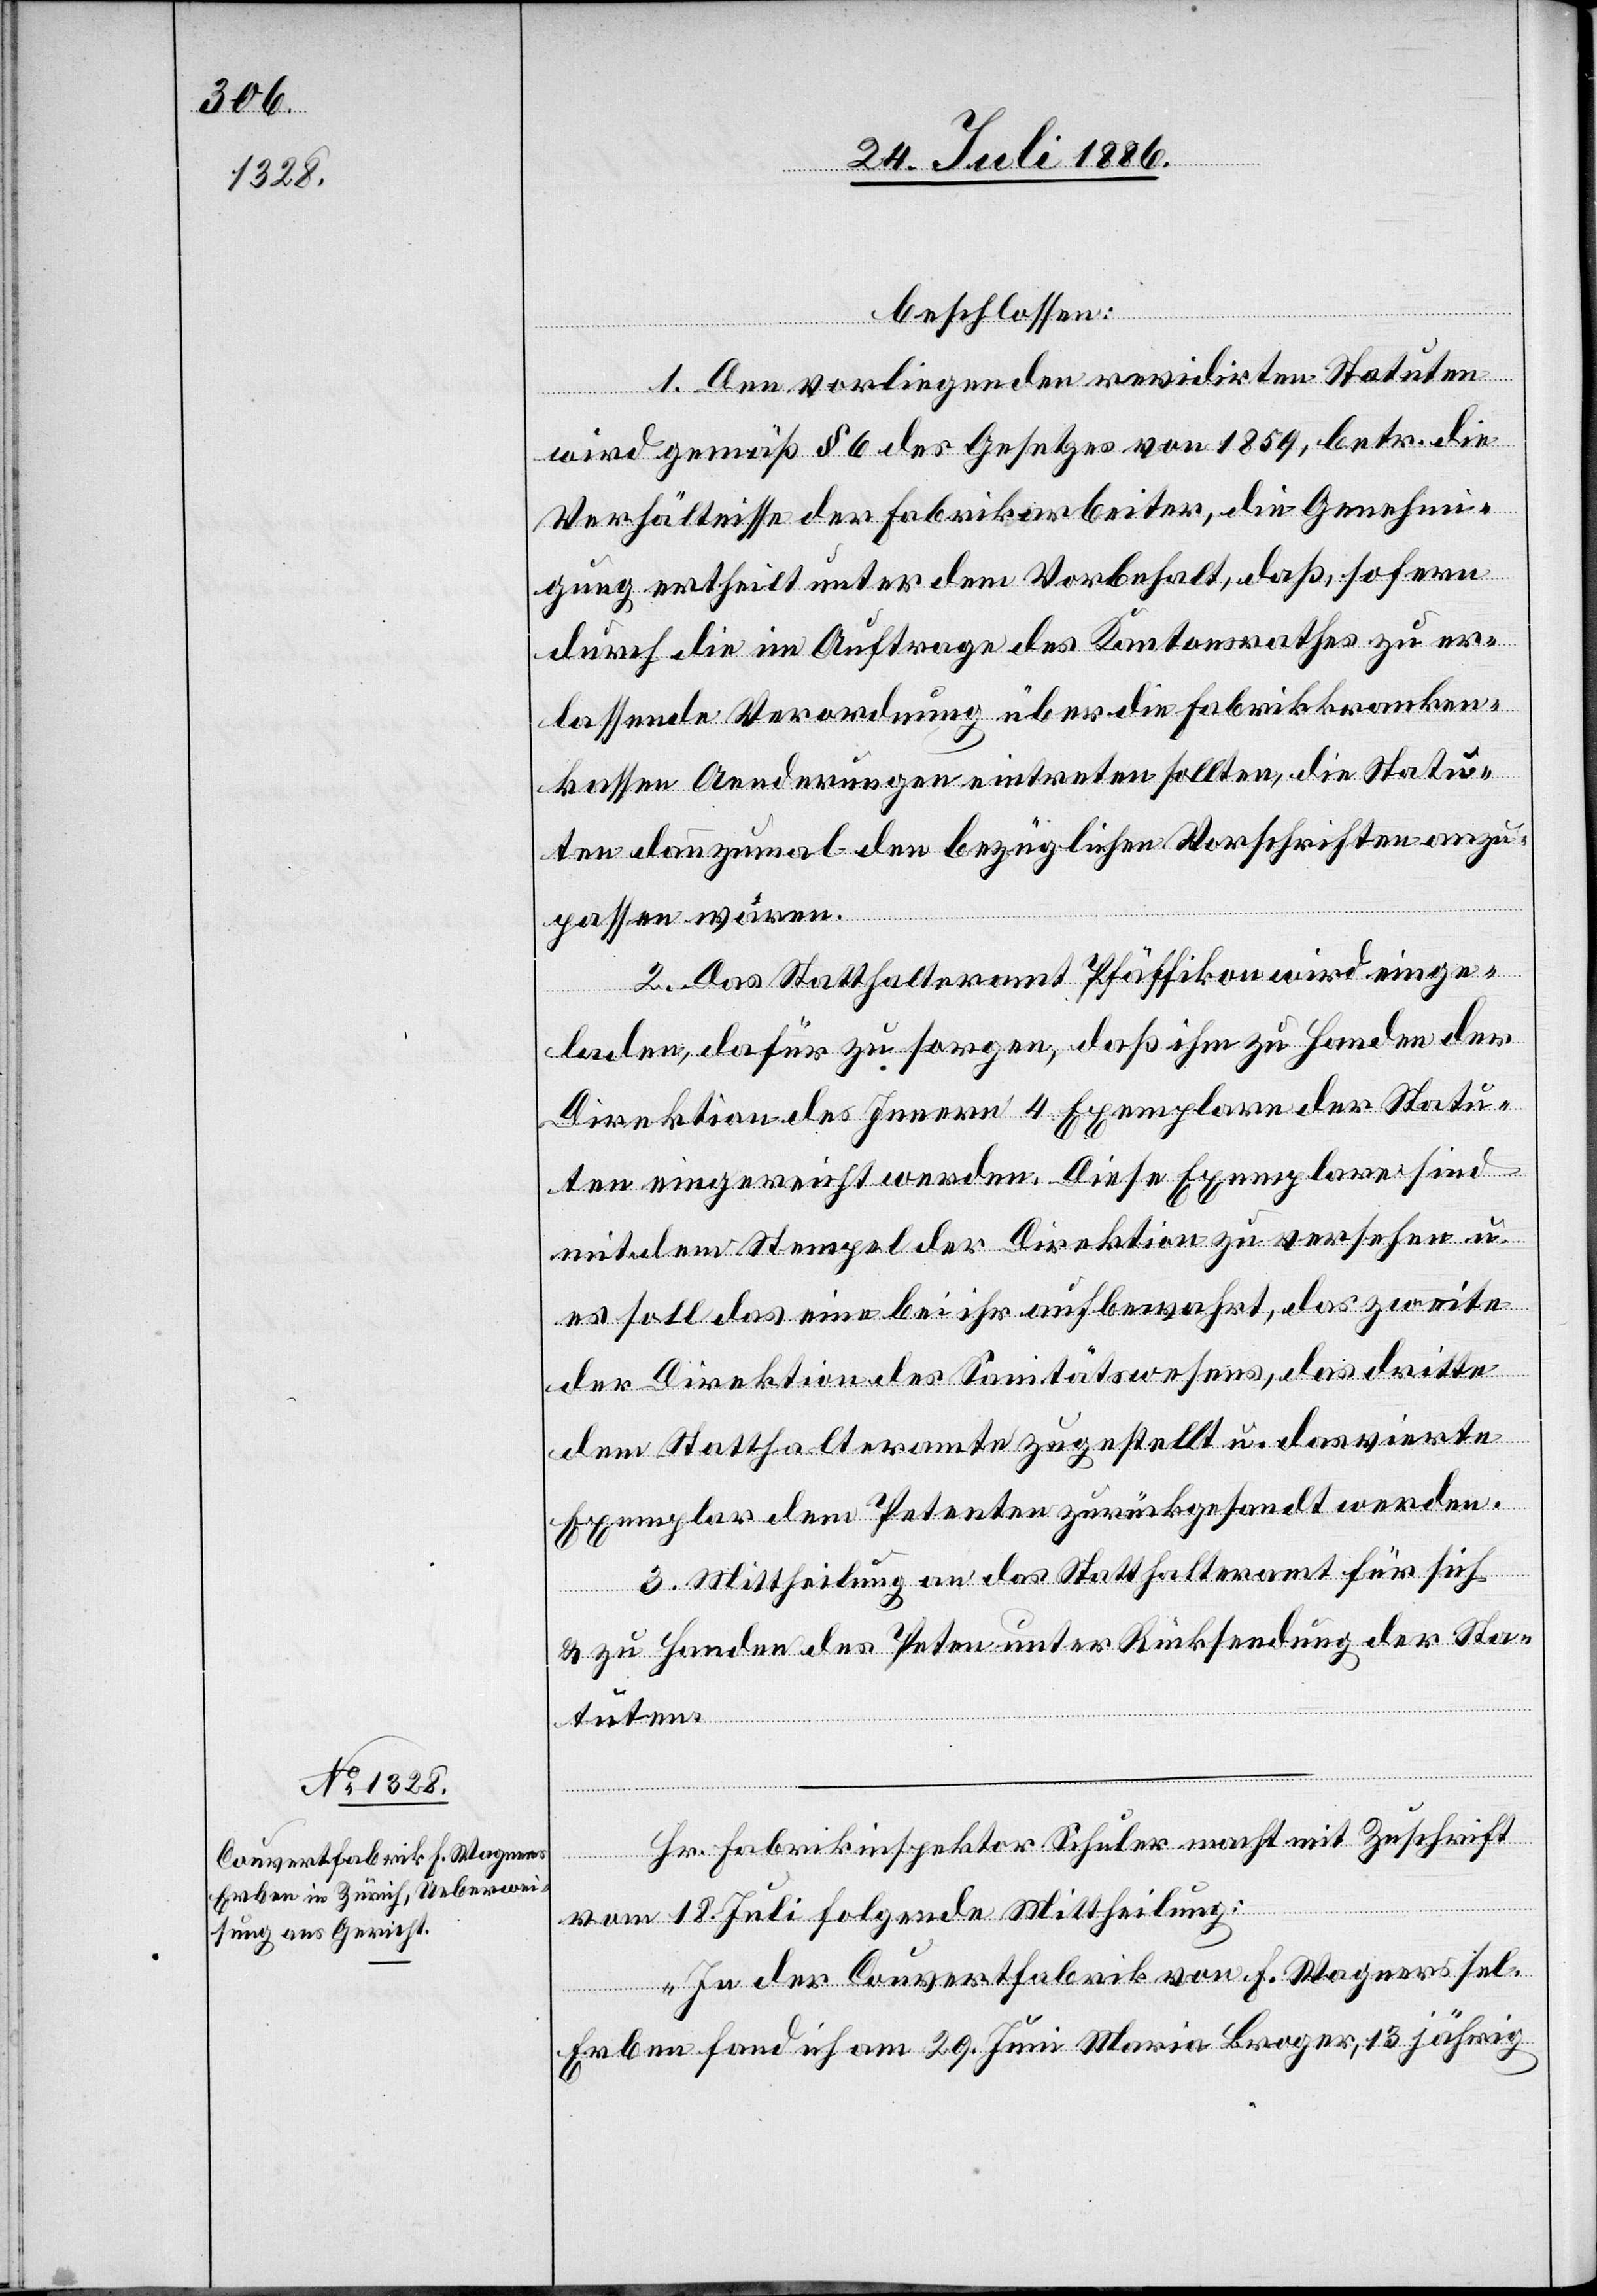
Fabri¬
kins¬
beschlossen:
1. Den vorliegenden revidirten Statuten
wird gemäß § 6 des Gesetzes von 1859, betr. die
Verhältnisse der Fabrikarbeiter, die Genehmi¬
gung ertheilt unter dem Vorbehalt, daß, sofern
durch die im Auftrage des Kantonsrathes zu er¬
lassende Verordnung über die Fabrikkranken¬
kassen Aenderungen eintreten sollten, die Statu¬
ten dannzumal den bezüglichen Vorschriften anzu¬
passen wären.
2. Das Statthalteramt Pfäffikon wird einge¬
laden, dafür zu sorgen, daß ihm zu Handen der
Direktion des Innern 4 Exemplare der Statu¬
ten eingereicht werden. Diese Exemplare sind
mit dem Stempel der Direktion zu versehen u.
es soll das eine bei ihr aufbewahrt, das zweite
der Direktion des Sanitätswesens, das dritte
dem Statthalteramte zugestellt u. das vierte
Exemplar dem Petenten zurückgesandt werden.
3. Mittheilung an das Statthalteramt für sich
& zu Handen des Peten[ten] unter Rücksendung der Sta¬
Zuschrift
tuten.
vom 18. Juli folgende Mittheilung:
„In der Couvertfabrik von F. Wagner sel.
Erben fand ich am 29. Juni Maria Broger, 13 jährig